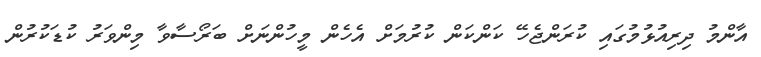
އާންމު ދިރިއުޅުމުގައި ކުރަންޖެހޭ ކަންކަން ކުރުމަށް އެހެން މީހުންނަށް ބަރޯސާވާ މިންވަރު ކުޑަކުރުން